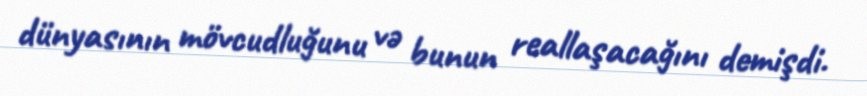
dünyasının mövcudluğunu və bunun reallaşacağını demişdi.